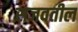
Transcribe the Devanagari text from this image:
सजवतील